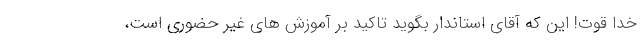
خدا قوت! این که آقای استاندار بگوید تاکید بر آموزش های غیر حضوری است،